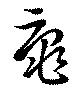
黿